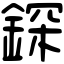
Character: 𨨥